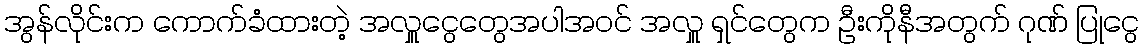
အွန်လိုင်းက ကောက်ခံထားတဲ့ အလှူငွေတွေအပါအဝင် အလှူ ရှင်တွေက ဦးကိုနီအတွက် ဂုဏ် ပြုငွေ